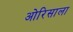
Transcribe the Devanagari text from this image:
ओरिसाला